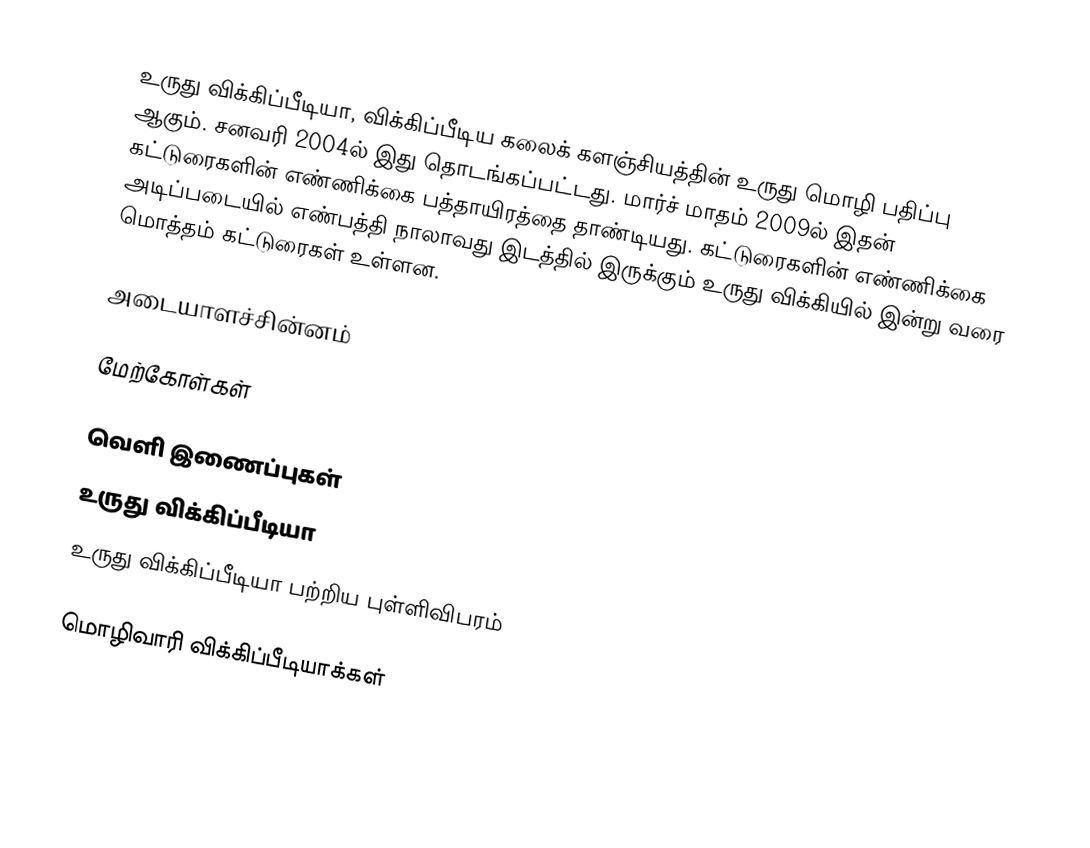
உருது விக்கிப்பீடியா, விக்கிப்பீடிய கலைக் களஞ்சியத்தின் உருது மொழி பதிப்பு ஆகும். சனவரி 2004ல் இது தொடங்கப்பட்டது. மார்ச் மாதம் 2009ல் இதன் கட்டுரைகளின் எண்ணிக்கை பத்தாயிரத்தை தாண்டியது. கட்டுரைகளின் எண்ணிக்கை அடிப்படையில் எண்பத்தி நாலாவது இடத்தில் இருக்கும் உருது விக்கியில் இன்று வரை மொத்தம் கட்டுரைகள் உள்ளன.

அடையாளச்சின்னம்

மேற்கோள்கள்

வெளி இணைப்புகள்
உருது விக்கிப்பீடியா
உருது விக்கிப்பீடியா பற்றிய புள்ளிவிபரம்

மொழிவாரி விக்கிப்பீடியாக்கள்